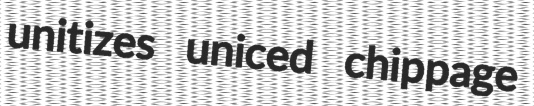
unitizes uniced chippage